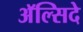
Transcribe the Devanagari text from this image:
अॅल्सिदे